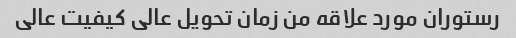
رستوران مورد علاقه من زمان تحویل عالی کیفیت عالی